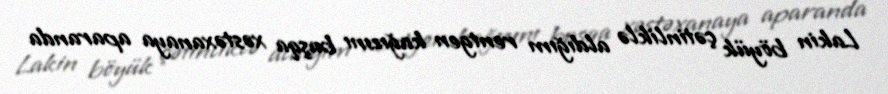
Lakin böyük çətinliklə aldığım rentgen kağızını başqa xəstəxanaya aparanda